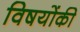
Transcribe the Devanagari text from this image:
विषयोंकी